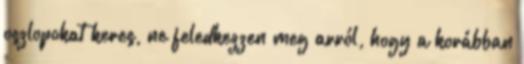
oszlopokat keres, ne feledkezzen meg arról, hogy a korábban